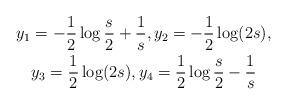
LaTeX: \begin{gather*}y_1=-\frac{1}{2}\log\frac{s}{2}+\frac{1}{s},y_2=-\frac{1}{2}\log(2s), \\y_3=\frac{1}{2}\log(2s),y_4=\frac{1}{2}\log\frac{s}{2}-\frac{1}{s}\end{gather*}